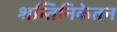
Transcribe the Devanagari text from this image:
शन्तिनिकेतन